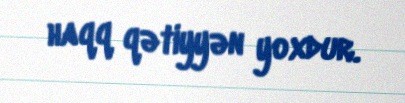
haqq qətiyyən yoxdur.